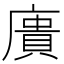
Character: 𢊮